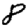
Digit: 8